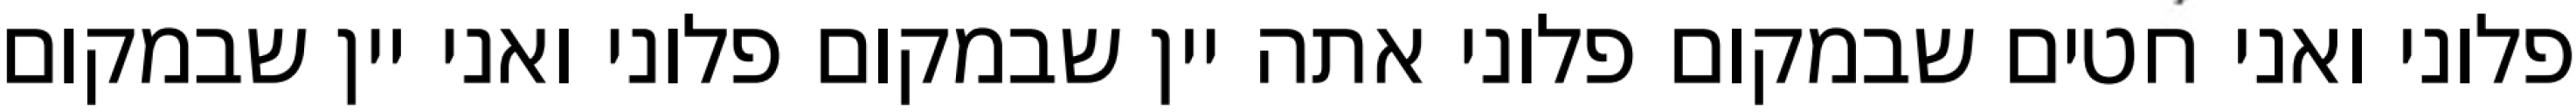
פלוני ואני חטים שבמקום פלוני אתה יין שבמקום פלוני ואני יין שבמקום